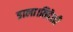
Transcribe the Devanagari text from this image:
डाला।विदेशी